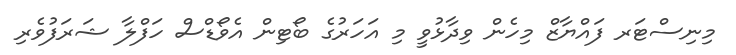
މިނިސްޓަރ ފައްޔާޒް މިހެން ވިދާޅުވީ މި އަހަރުގެ ބޯޓިން އެވޯޑްސް ހަފްލާ ޝަރަފުވެރި